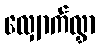
လျှောက်လွှာ